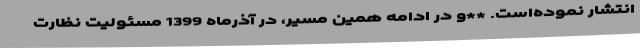
انتشار نموده‌است. **و در ادامه همین مسیر، در آذرماه 1399 مسئولیت نظارت